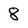
Character: 8